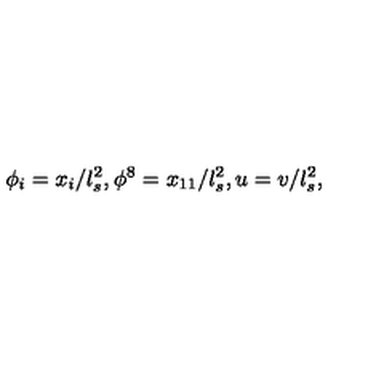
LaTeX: \phi _ { i } = x _ { i } / l _ { s } ^ { 2 } , \phi ^ { 8 } = x _ { 1 1 } / l _ { s } ^ { 2 } , u = v / l _ { s } ^ { 2 } ,